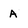
Character: A